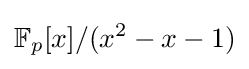
\mathbb {F} _{p}[x]/(x^{2}-x-1)